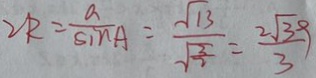
2 R = \frac { a } { \sin A } = \frac { \sqrt { 1 3 } } { \sqrt { \frac { 3 } { 2 } } } = \frac { 2 \sqrt { 3 9 } } { 3 }